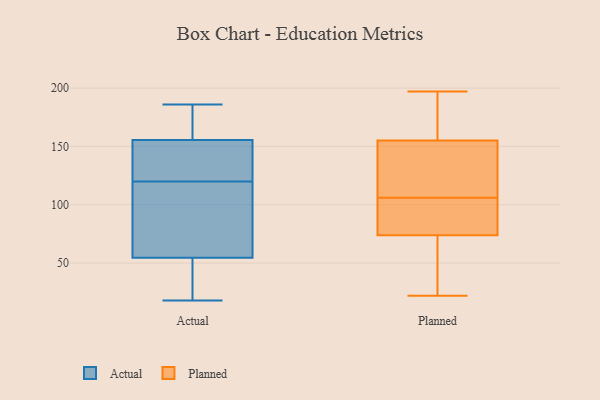
{"axis": {"x": "Demand Index", "y": "Value"}, "legend": ["Actual", "Planned"], "data": [{"x": "", "y": 18, "type": "Actual"}, {"x": "", "y": 78, "type": "Actual"}, {"x": "", "y": 130, "type": "Actual"}, {"x": "", "y": 127, "type": "Actual"}, {"x": "", "y": 89, "type": "Actual"}, {"x": "", "y": 174, "type": "Actual"}, {"x": "", "y": 148, "type": "Actual"}, {"x": "", "y": 158, "type": "Actual"}, {"x": "", "y": 120, "type": "Actual"}, {"x": "", "y": 186, "type": "Actual"}, {"x": "", "y": 49, "type": "Actual"}, {"x": "", "y": 29, "type": "Actual"}, {"x": "", "y": 71, "type": "Actual"}, {"x": "", "y": 176, "type": "Actual"}, {"x": "", "y": 37, "type": "Actual"}, {"x": "", "y": 118, "type": "Planned"}, {"x": "", "y": 42, "type": "Planned"}, {"x": "", "y": 29, "type": "Planned"}, {"x": "", "y": 73, "type": "Planned"}, {"x": "", "y": 128, "type": "Planned"}, {"x": "", "y": 164, "type": "Planned"}, {"x": "", "y": 106, "type": "Planned"}, {"x": "", "y": 76, "type": "Planned"}, {"x": "", "y": 22, "type": "Planned"}, {"x": "", "y": 175, "type": "Planned"}, {"x": "", "y": 83, "type": "Planned"}, {"x": "", "y": 188, "type": "Planned"}, {"x": "", "y": 127, "type": "Planned"}, {"x": "", "y": 106, "type": "Planned"}, {"x": "", "y": 192, "type": "Planned"}, {"x": "", "y": 44, "type": "Planned"}, {"x": "", "y": 77, "type": "Planned"}, {"x": "", "y": 112, "type": "Planned"}, {"x": "", "y": 197, "type": "Planned"}]}